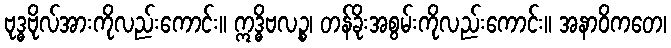
ဗုဒ္ဓဗိုလ်အားကိုလည်းကောင်း။ ဣဒ္ဓိဗလဉ္စ၊ တန်ခိုးအစွမ်းကိုလည်းကောင်း။ အနာဝိကတေ၊